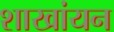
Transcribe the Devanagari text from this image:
शाखांयन